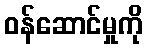
ဝန်ဆောင်မှုကို